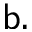
\mathsf { b } .